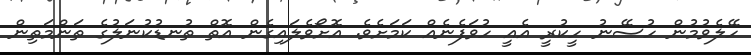
ހޭލެވުމުން ހުސޭނު ހީކުރީ އެއީ ހުވަފެނެއް ކަމަަށެވެ. އޮށޯވެލައިގެން އޮތް ތުނޑުކުނަލުގެ ތަންމަތިން